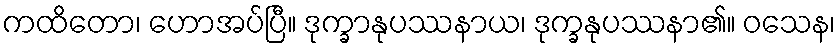
ကထိတော၊ ဟောအပ်ပြီ။ ဒုက္ခာနုပဿနာယ၊ ဒုက္ခနုပဿနာ၏။ ဝသေန၊